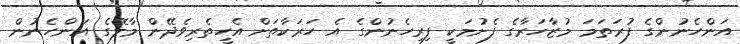
އަންހެނުންގެ ފުރަތަމަ މުޒާހަރާގެ ފެށުމަކީ ފިރިހެނުންގެ އެ ހަރަކާތަށް އެހީތެރިވެދޭން މާލޭގެ އަންހެނުން